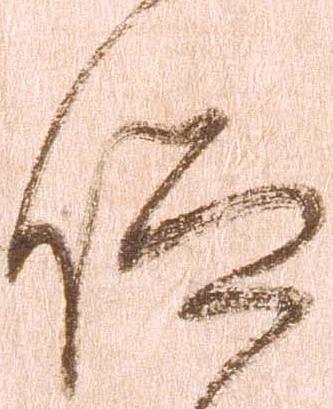
仰